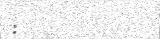
: